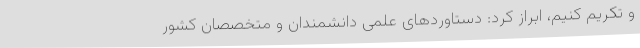
و تکریم کنیم، ابراز کرد: دستاوردهای علمی دانشمندان و متخصصان کشور